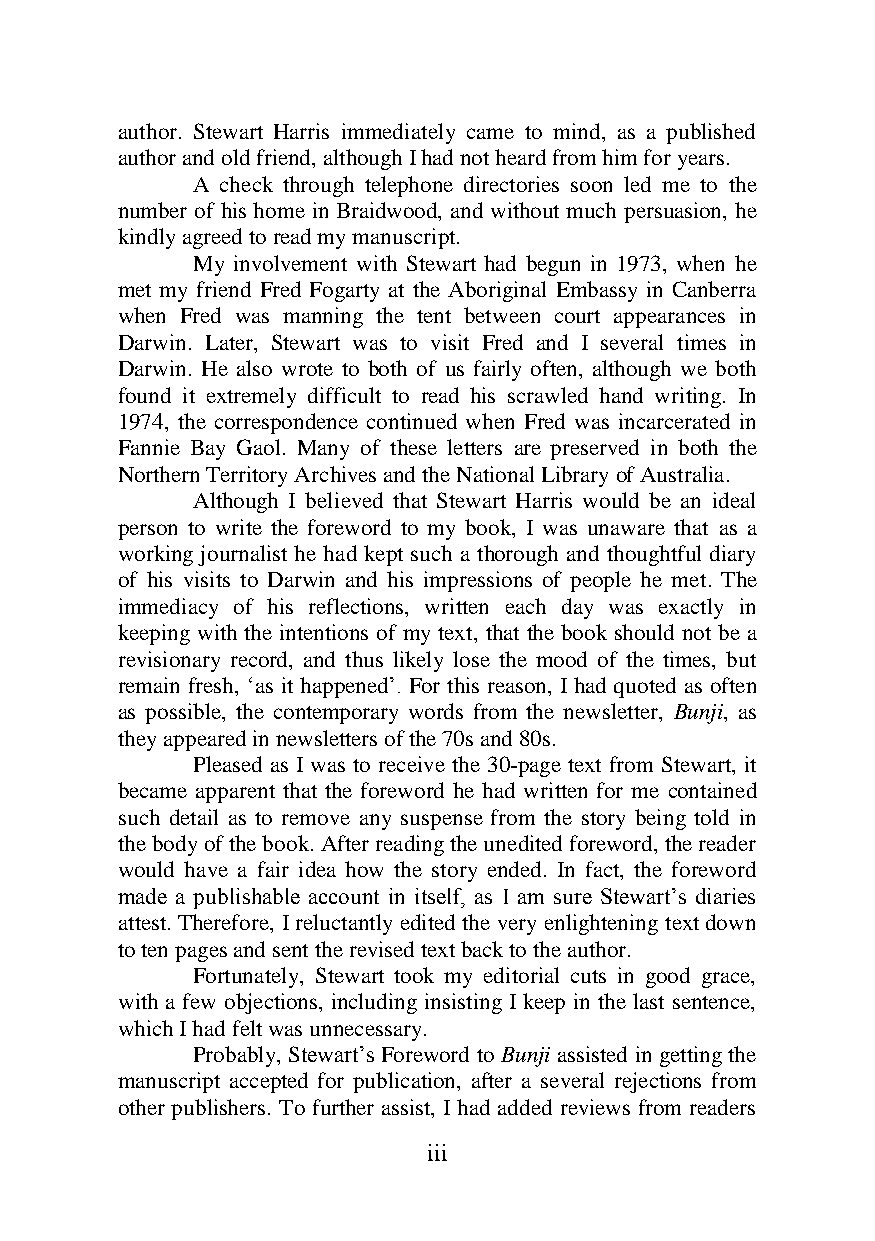
author. Stewart Harris immediately came to mind, as a published
 author and old friend, although I had not heard from him for years.
 A check through telephone directories soon led me to the
 number of his home in Braidwood, and without much persuasion, he
 kindly agreed to read my manuscript.
 My involvement with Stewart had begun in 1973, when he
 met my friend Fred Fogarty at the Aboriginal Embassy in Canberra
 when Fred was manning the tent between court appearances in
 Darwin. Later, Stewart was to visit Fred and I several times in
 Darwin. He also wrote to both of us fairly often, although we both
 found it extremely difficult to read his scrawled hand writing. In
 1974, the correspondence continued when Fred was incarcerated in
 Fannie Bay Gaol. Many of these letters are preserved in both the
 Northern Territory Archives and the National Library of Australia.
 Although I believed that Stewart Harris would be an ideal
 person to write the foreword to my book, I was unaware that as a
 working journalist he had kept such a thorough and thoughtful diary
 of his visits to Darwin and his impressions of people he met. The
 immediacy of his reflections, written each day was exactly in
 keeping with the intentions of my text, that the book should not be a
 revisionary record, and thus likely lose the mood of the times, but
 remain fresh, ‘as it happened’. For this reason, I had quoted as often
 as possible, the contemporary words from the newsletter, Bunji, as
 they appeared in newsletters of the 70s and 80s.
 Pleased as I was to receive the 30-page text from Stewart, it
 became apparent that the foreword he had written for me contained
 such detail as to remove any suspense from the story being told in
 the body of the book. After reading the unedited foreword, the reader
 would have a fair idea how the story ended. In fact, the foreword
 made a publishable account in itself, as I am sure Stewart’s diaries
 attest. Therefore, I reluctantly edited the very enlightening text down
 to ten pages and sent the revised text back to the author.
 Fortunately, Stewart took my editorial cuts in good grace,
 with a few objections, including insisting I keep in the last sentence,
 which I had felt was unnecessary.
 Probably, Stewart’s Foreword to Bunji assisted in getting the
 manuscript accepted for publication, after a several rejections from
 other publishers. To further assist, I had added reviews from readers
 iii